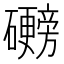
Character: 𬒩